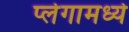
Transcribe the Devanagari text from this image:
प्लेगामध्ये